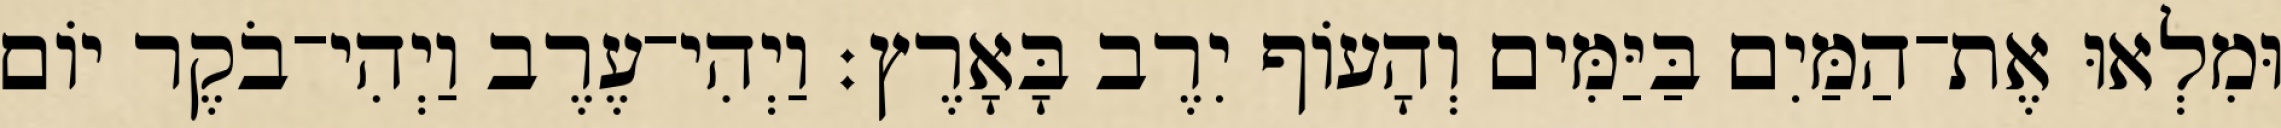
וּמִלְאוּ אֶת־הַמַּיִם בַּיַּמִּים וְהָעֹוף יִרֶב בָּאָרֶץ׃ וַיְהִי־עֶרֶב וַיְהִי־בֹקֶר יֹום